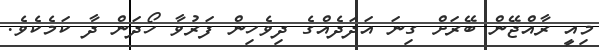
މިއީ ރާއްޖޭން ބޭރަށް ގިނަ އަދަދެއްގެ ދިވެހިން ފަރުވާ ހޯދަން ދާ ކަމެކެވެ.